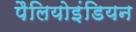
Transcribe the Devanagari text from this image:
पैलियोइंडियन